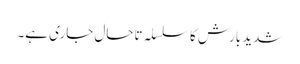
شدید بارش کا سلسلہ تاحال جاری ہے۔